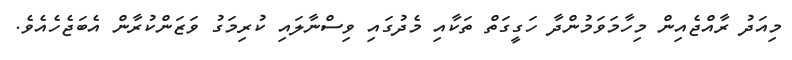
މިއަދު ރާއްޖެއިން މިހާމަވަމުންދާ ހަގީގަތް ތަކާއި މެދުގައި ވިސްނާލައި ކުރިމަގު ވަޒަންކުރާން އެބަޖެހެއެވެ.